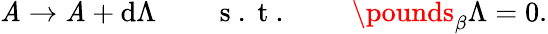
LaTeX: \mathit{A}\to\mathit{A}+\mathrm{{d}}\Lambda\qquad\mathrm{{~s~.~t~.~}}\qquad\pounds_{\beta}\Lambda=0.